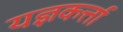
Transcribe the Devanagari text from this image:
यज्ञकर्त्ता